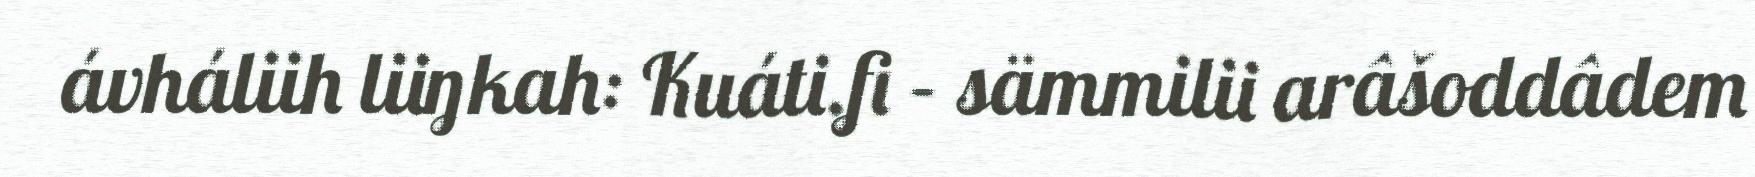
ávháliih liiŋkah: Kuáti.fi – sämmilii arâšoddâdem